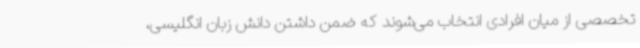
تخصصی از میان افرادی انتخاب می‌شوند که ضمن داشتن دانش زبان انگلیسی،